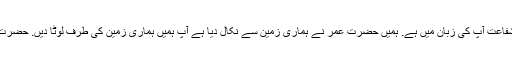
آپ کا نامہ اعمال آپ کے ہاتھ میں ہے اور آپ کی شفاعت آپ کی زبان میں ہے. ہمیں حضرت عمر نے ہماری زمین سے نکال دیا ہے آپ ہمیں ہماری زمین کی طرف لوٹا دیں. حضرت علی رضی اللہ عنہ نے ان سے کہا : تمہارا برا ہو!